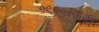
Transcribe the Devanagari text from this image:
१९००साली